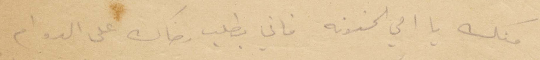
منك يا امي الحنونه فاني بطلب رضاك على الدوام